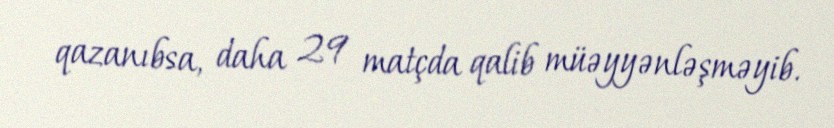
qazanıbsa, daha 29 matçda qalib müəyyənləşməyib.